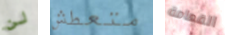
لن متعطش القمامة